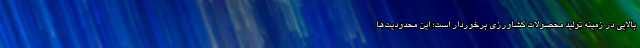
بالایی در زمینه تولید محصولات کشاورزی برخوردار است؛ این محدودیت‌ها